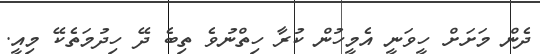
ދެން މަށަށް ހީވަނީ އެމީހުން ކުރާ ހިތްނުވެ ތިބެ ދޭ ހިދުމަތެކޭ މިއީ.